Report by Surgeon-Major Lyons, I.M.S., President of the Plague Research Committee - Part I
Disease focus: Plague
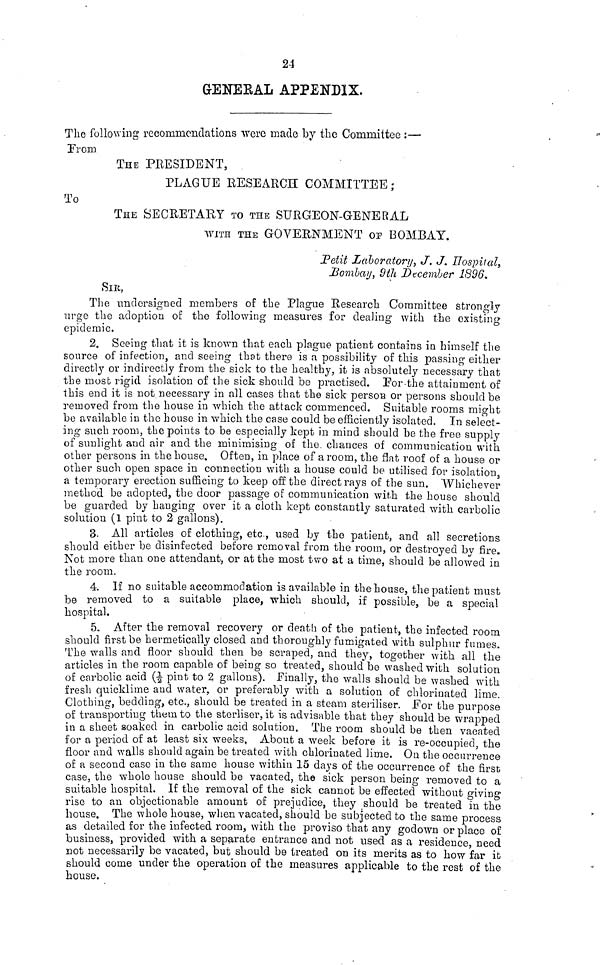
24
GENERAL APPENDIX.
The following recommendations were made by the Committee :—
From
THE PRESIDENT,
PLAGUE RESEARCH COMMITTEE;
To
THE SECRETARY TO THE SURGEON-GENERAL
WITH THE GOVERNMENT or BOMBAY.
Petit Laboratory, J. J. Hospital,
Bombay, 9th December 1896.
SIR,
The undersigned members of the Plague Research Committee strongly
urge the adoption of the following measures for dealing with the existing
epidemic.
2. Seeing that it is known that each plague patient contains in himself the
source of infection, and seeing that there is a possibility of this passing either
directly or indirectly from the sick to the healthy, it is absolutely necessary that
the mostrigid isolation of the sick should be practised. For the attainment of
this end it is not necessary in all cases that the sick person or persons should be
removed from the house in which the attack commenced. Suitable rooms might
be available in the house in which the case could be efficiently isolated. In select-
ing such room, the points to be especially kept in mind should be the free supply
of sunlight and air and the minimising of the. chances of communication with
other persons in the house. Often, in place of a room, the flat roof of a house or
other such open space in connection with a house could be utilised for isolation
a temporary erection sufficing to keep off the direct rays of the sun. Whichever
method be adopted, the door passage of communication with the house should
be guarded by hanging over it a cloth kept constantly saturated with carbolic
solution (1 pint to 2 gallons).
3. All articles of clothing, etc., used by the patient, and all secretions
should either be disinfected before removal from the room, or destroyed by fire.
Not more than one attendant, or at the most two at a time, should be allowed in
the room.
4. If no suitable accommodation is available in the house, the patient must
be removed to a suitable place, which should, if possible, be a special
hospital.
5. After the removal recovery or death of the patient, the infected room
should first be hermetically closed and thoroughly fumigated with sulphur fumes.
The walls and floor should then be scraped, and they, together with all the
articles in the room capable of being so treated, should be washed with solution
of carbolic acid (1/2 pint to 2 gallons). Finally, the walls should be washed with
fresh quicklime and water, or preferably with a solution of chlorinated lime
Clothing, bedding, etc., should be treated in a steam steriliser. For the purpose
of transporting them to the sterliser, it is advisable that they should be wrapped
in a sheet soaked in carbolic acid solution. The room should be then vacated
for a period of at least six weeks, About a week before it is re-occupied, the
floor and walls should again be treated with chlorinated lime. On the occurrence
of a second case in the same house within 15 days of the occurrence of the first
case, the whole house should be vacated, the sick person being- removed to a
suitable hospital. If the removal of the sick cannot be effecteof without giving
rise to an objectionable amount of prejudice, they should be treated m the
house. The whole house, when vacated, should be subjected to the same process
as detailed for the infected room, with the proviso that any godown or place of
business, provided with a separate entrance and not used as a residence, need
not necessarily be vacated, but should be treated on its merits as to how far it
should come under the operation of the measures applicable to the rest of the
house.